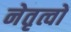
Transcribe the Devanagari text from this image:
नेतृत्वों